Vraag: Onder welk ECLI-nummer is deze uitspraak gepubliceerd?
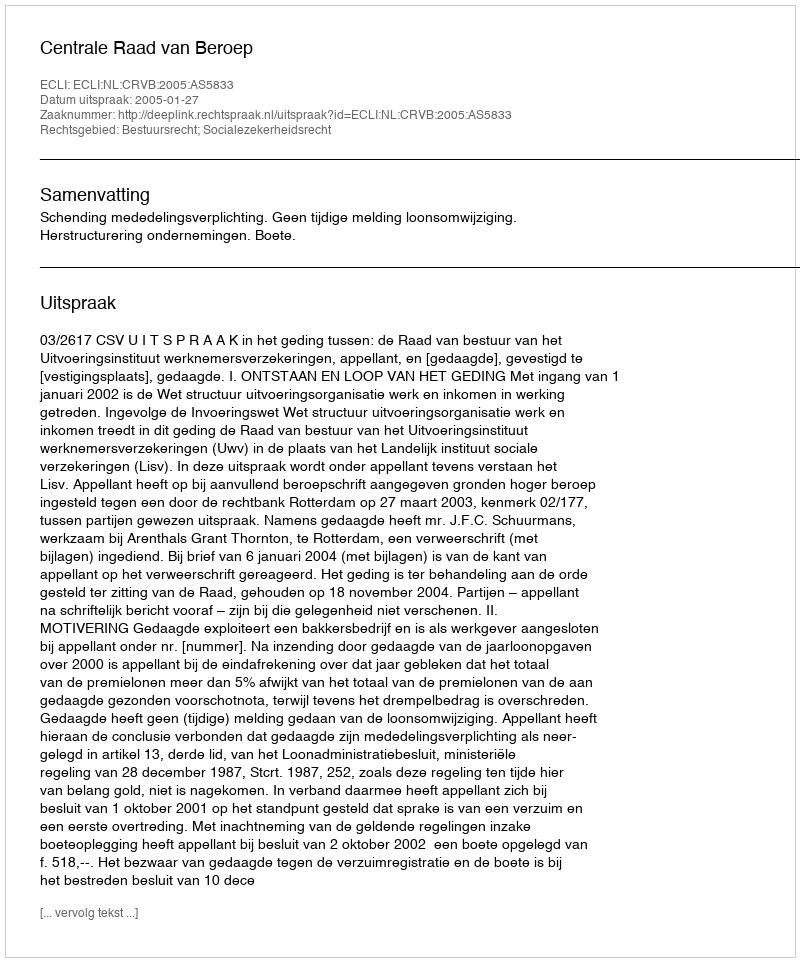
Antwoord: ECLI:NL:CRVB:2005:AS5833